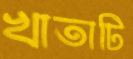
খাতাটি